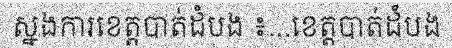
ស្នងការខេត្តបាត់ដំបង ៖...ខេត្តបាត់ដំបង